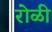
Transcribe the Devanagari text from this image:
रोळी